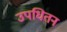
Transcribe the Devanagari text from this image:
उपधितन